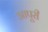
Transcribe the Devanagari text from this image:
आपूरी